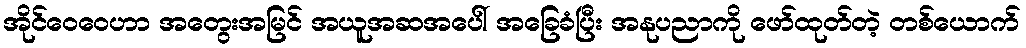
အိုင်ဝေဝေဟာ အတွေးအမြင် အယူအဆအပေါ် အခြေခံပြီး အနုပညာကို ဖော်ထုတ်တဲ့ တစ်ယောက်